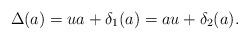
LaTeX: \begin{align*}\Delta(a) = ua + \delta_1(a) = au + \delta_2(a).\end{align*}